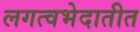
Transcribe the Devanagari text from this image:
लगत्वभेदातीत